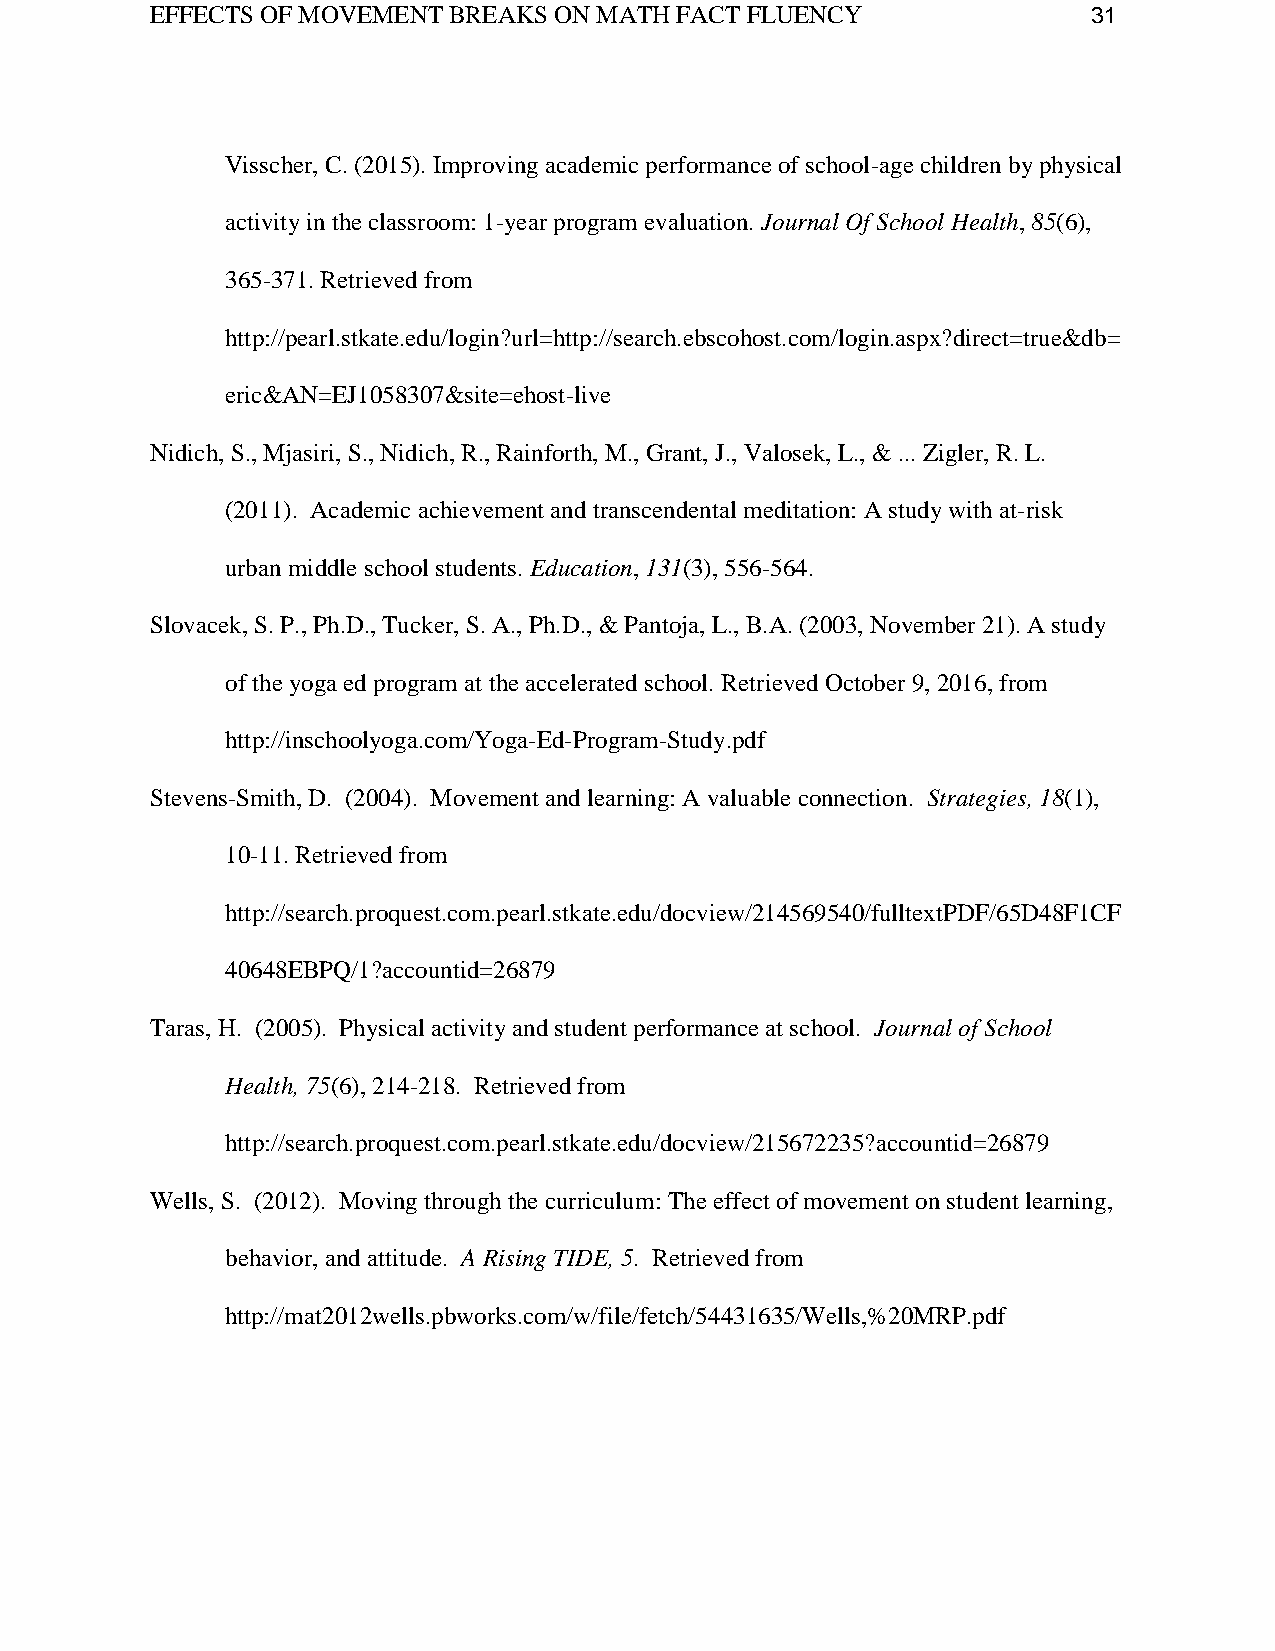
EFFECTS OF MOVEMENT BREAKS ON MATH FACT FLUENCY               31
 Visscher, C. (2015). Improving academic performance of school-age children by physical
 activity in the classroom: 1-year program evaluation. Journal Of School Health, 85(6),
 365-371. Retrieved from
 http://pearl.stkate.edu/login?url=http://search.ebscohost.com/login.aspx?direct=true&db=
 eric&AN=EJ1058307&site=ehost-live
 Nidich, S., Mjasiri, S., Nidich, R., Rainforth, M., Grant, J., Valosek, L., & ... Zigler, R. L.
 (2011). Academic achievement and transcendental meditation: A study with at-risk
 urban middle school students. Education, 131(3), 556-564.
 Slovacek, S. P., Ph.D., Tucker, S. A., Ph.D., & Pantoja, L., B.A. (2003, November 21). A study
 of the yoga ed program at the accelerated school. Retrieved October 9, 2016, from
 http://inschoolyoga.com/Yoga-Ed-Program-Study.pdf
 Stevens-Smith, D. (2004). Movement and learning: A valuable connection. Strategies, 18(1),
 10-11. Retrieved from
 http://search.proquest.com.pearl.stkate.edu/docview/214569540/fulltextPDF/65D48F1CF
 40648EBPQ/1?accountid=26879
 Taras, H. (2005). Physical activity and student performance at school. Journal of School
 Health, 75(6), 214-218. Retrieved from
 http://search.proquest.com.pearl.stkate.edu/docview/215672235?accountid=26879
 Wells, S. (2012). Moving through the curriculum: The effect of movement on student learning,
 behavior, and attitude. A Rising TIDE, 5. Retrieved from
 http://mat2012wells.pbworks.com/w/file/fetch/54431635/Wells,%20MRP.pdf